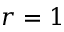
r = 1